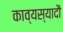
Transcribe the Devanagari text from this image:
काव्यस्यादौ